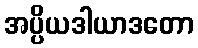
အပ္ပိယဒါယာဒတော